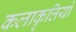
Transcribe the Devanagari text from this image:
कलाकृत्तियों